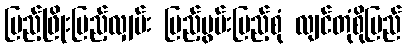
ပြည့်ဖြိုးပြည့်လျှမ်း ပြည့်မွမ်းပြည့်စုံ လျင်တုံစိုပြည်